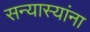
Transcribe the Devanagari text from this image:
सन्यास्यांना